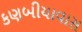
કણબીયાવાસ